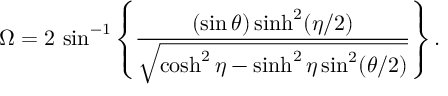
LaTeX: \Omega = 2 \, \sin ^ { - 1 } \left\{ { \frac { ( \sin \theta ) \sinh ^ { 2 } ( \eta / 2 ) } { \sqrt { \cosh ^ { 2 } \eta - \sinh ^ { 2 } \eta \sin ^ { 2 } ( \theta / 2 ) } } } \right\} .